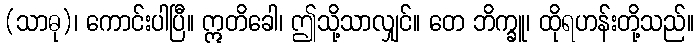
(သာဓု)၊ ကောင်းပါပြီ။ ဣတိခေါ၊ ဤသို့သာလျှင်။ တေ ဘိက္ခူ၊ ထိုရဟန်းတို့သည်။